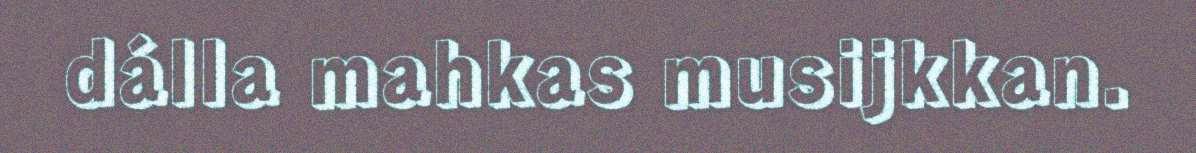
dálla mahkas musijkkan.